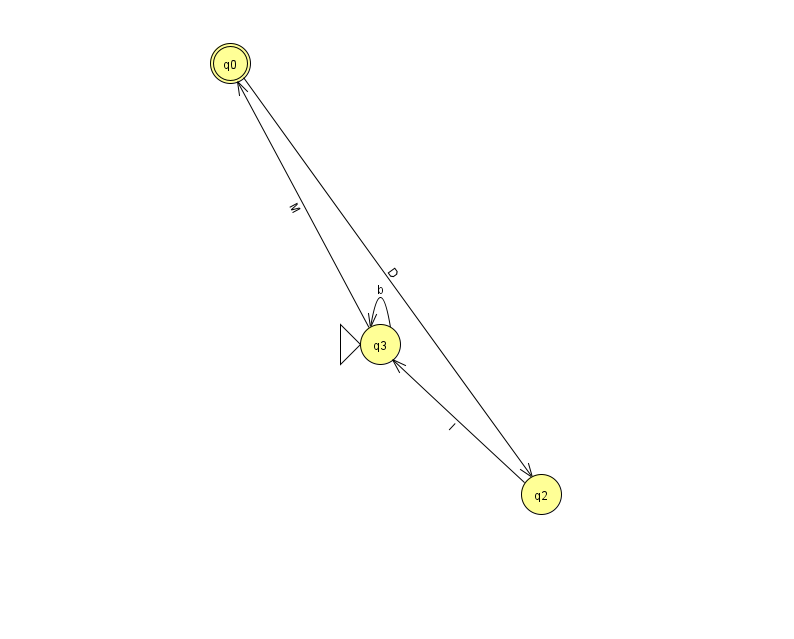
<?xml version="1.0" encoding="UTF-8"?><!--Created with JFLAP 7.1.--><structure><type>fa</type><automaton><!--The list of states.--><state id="0" name="q0"><x>230.0</x><y>50.0</y><final/></state><state id="2" name="q2"><x>541.0</x><y>481.0</y></state><state id="3" name="q3"><x>380.0</x><y>331.0</y><initial/></state><!--The list of transitions.--><transition><from>0</from><to>2</to><read>D</read></transition><transition><from>3</from><to>3</to><read>b</read></transition><transition><from>3</from><to>0</to><read>M</read></transition><transition><from>2</from><to>3</to><read>I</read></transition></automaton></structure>